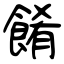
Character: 餚